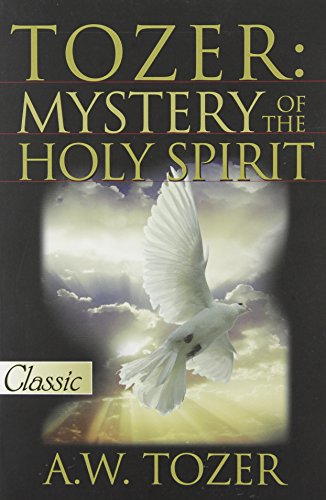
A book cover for Tozer: Mystery Of The Holy Spirit (Pure Gold Classics); A W Tozer; Christian Books & Bibles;